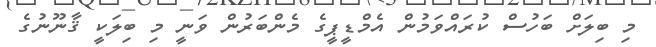
މި ބިލަށް ބަހުސް ކުރައްވަމުން އެމްޑީޕީގެ މެންބަރުން ވަނީ މި ބިލަކީ ޤާނޫނުގެ